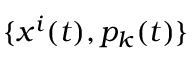
\{ x ^ { i } ( t ) , p _ { k } ( t ) \}